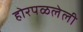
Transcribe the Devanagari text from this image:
होरपळलेली